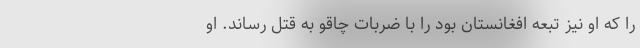
را که او نیز تبعه افغانستان بود را با ضربات چاقو به قتل رساند. او